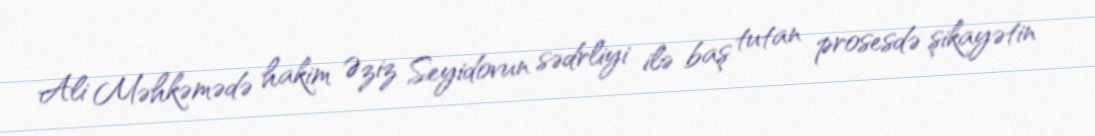
Ali Məhkəmədə hakim Əziz Seyidovun sədrliyi ilə baş tutan prosesdə şikayətin